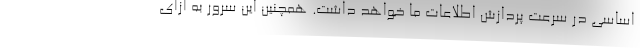
اساسی در سرعت پردازش اطلاعات ما خواهد داشت. همچنین این سرور به ازای